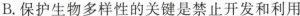
B.保护生物多样性的关键是禁止开发和利用